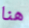
هنا